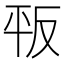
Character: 𢆕